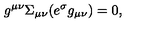
g ^ { \mu \nu } \Sigma _ { \mu \nu } ( e ^ { \sigma } g _ { \mu \nu } ) = 0 ,